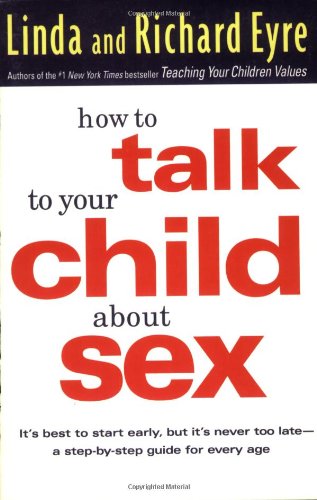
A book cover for How to Talk to Your Child About Sex: It's Best to Start Early, but It's Never Too Late -- A Step-by-Step Guide for Every Age; Linda Eyre; Parenting & Relationships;